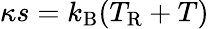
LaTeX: \kappa s=k_{\mathrm{B}}(T_{\mathrm{R}}+T)